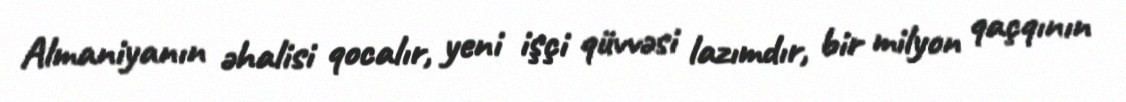
Almaniyanın əhalisi qocalır, yeni işçi qüvvəsi lazımdır, bir milyon qaçqının